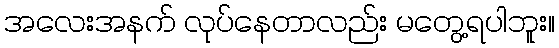
အလေးအနက် လုပ်နေတာလည်း မတွေ့ရပါဘူး။